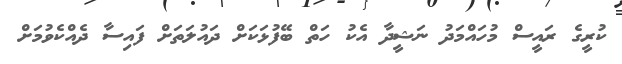
ކުރީގެ ރައީސް މުހައްމަދު ނަޝީދާ އެކު ހަތް ބޭފުޅަކަށް ދައުލަތަށް ފައިސާ ދެއްކެވުމަށް